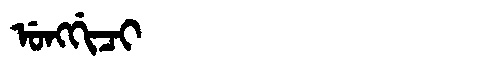
Manchu: ᡠᠩᡤᡳᠴᡳ
Romanization: UNGGICI